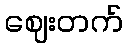
ဈေးတက်